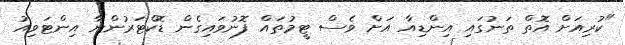
"ކުރިއަށް އޮތް ތަނުގައި އިންޑިއާ އަށް ވެސް ޓީމުތައް ފޮނުވައިގެން ޑޮކްޓަރުންނާ އިންޓަވިއު